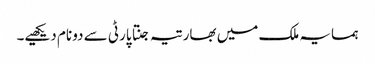
ہمسایہ ملک میں بھارتیہ جنتا پارٹی سے دو نام دیکھیے۔